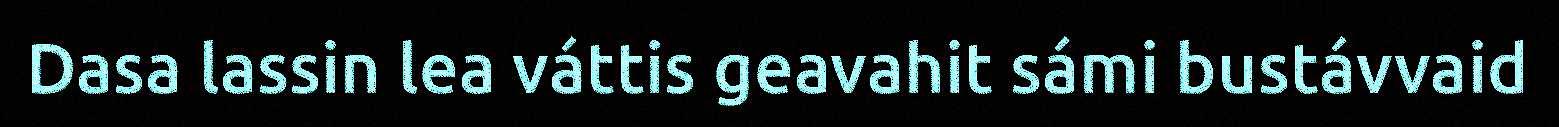
Dasa lassin lea váttis geavahit sámi bustávvaid